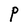
Character: P